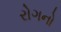
રોગનો